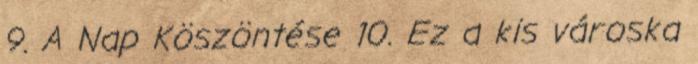
9. A Nap Köszöntése 10. Ez a kis városka